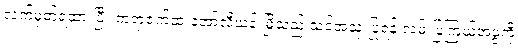
လက်မှတ်ရထားပြီး ကရာဇက်ထံ အော်လီယန်းမြို့သည် သင်အသုံးပြုရန် လမ်းပြကြယ်အဖွဲ့ကို